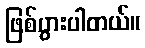
ဖြစ်ပွားပါတယ်။